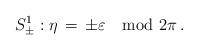
LaTeX: \begin{align*}S^1_\pm:\eta \,=\, \pm\varepsilon \mod 2\pi\,.\end{align*}